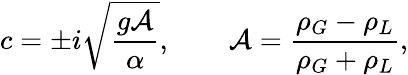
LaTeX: c=\pm i{\sqrt{\frac{g{\mathcal{A}}}{\alpha}}},\qquad{\mathcal{A}}={\frac{\rho_{G}-\rho_{L}}{\rho_{G}+\rho_{L}}},